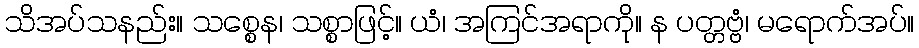
သိအပ်သနည်း။ သစ္စေန၊ သစ္စာဖြင့်။ ယံ၊ အကြင်အရာကို။ န ပတ္တဗ္ဗံ၊ မရောက်အပ်။